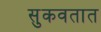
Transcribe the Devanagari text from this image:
सुकवतात